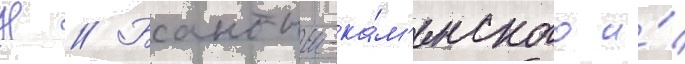
Н // Бантыш-ка́м'енского и́